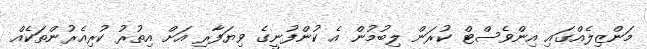
މަންޒިލެއްގައި އިންވެސްޓް ކުރަން ލިބުމުން އެ ކުންފުނީގެ ވިޔަފާރި އަށް އިތުރު ކުރިއެރުންތަކެއް